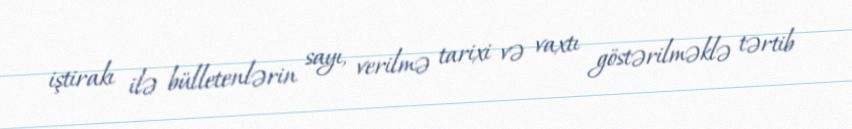
iştirakı ilə bülletenlərin sayı, verilmə tarixi və vaxtı göstərilməklə tərtib